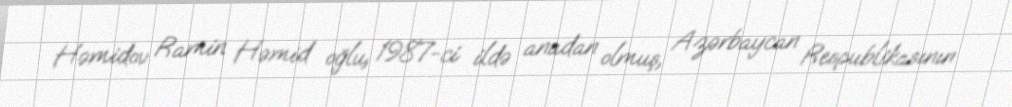
Həmidov Ramin Həmid oğlu, 1987-ci ildə anadan olmuş, Azərbaycan Respublikasının